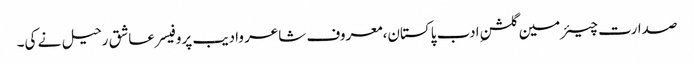
صدارت چیئرمین گلشنِ ادب پاکستان،معروف شاعر وادیب پروفیسر عاشق رحیل نے کی۔